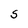
Character: S